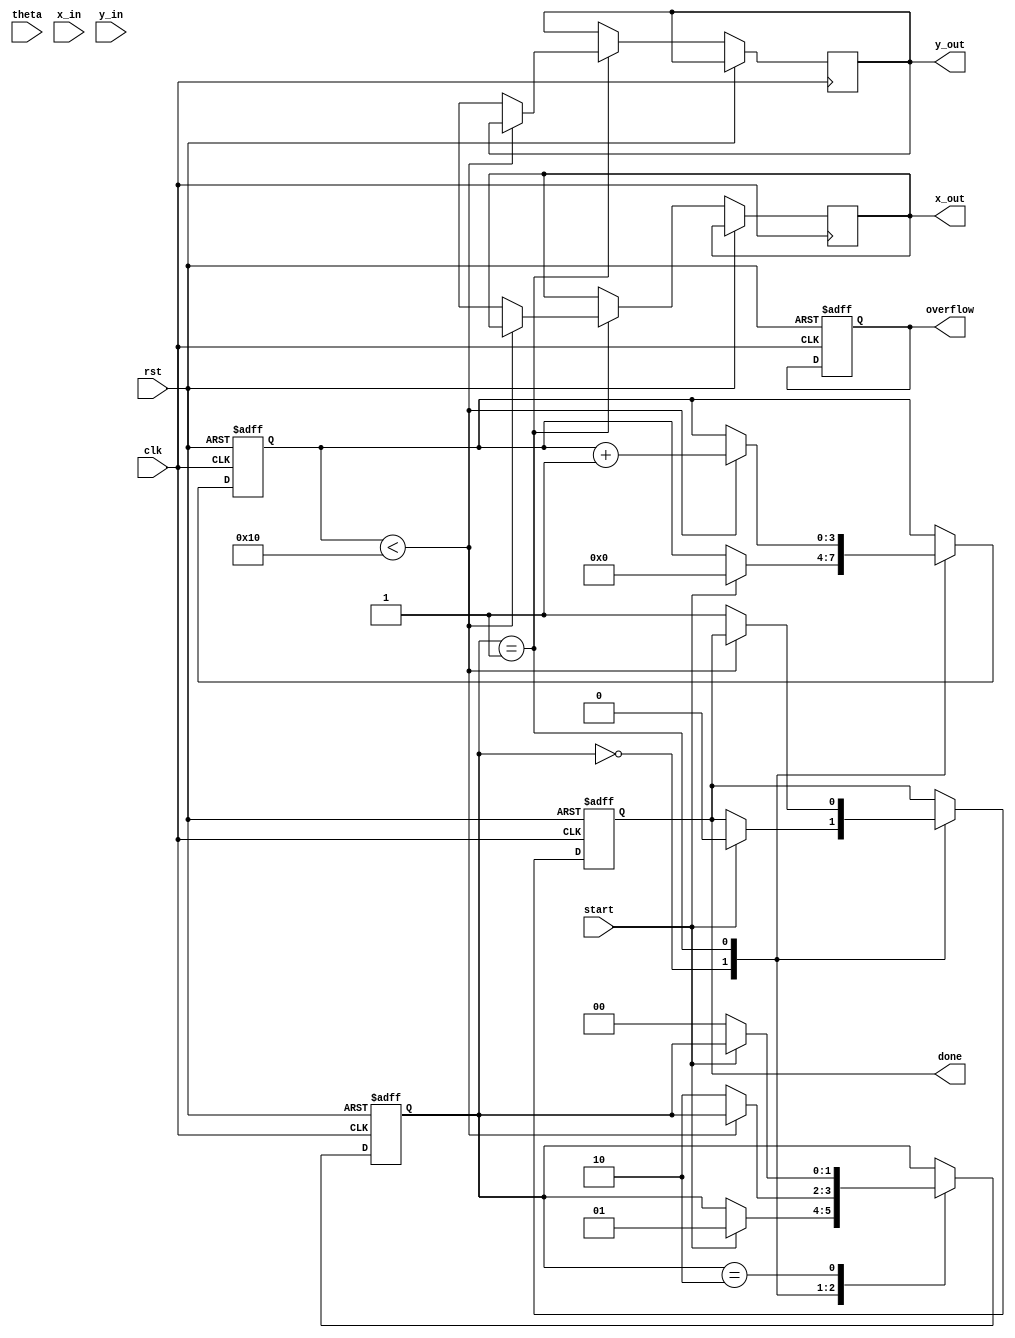
module cordic_rotational #(
    parameter WIDTH = 16,          // Bit-width for fixed-point representation
    parameter ITERATIONS = 16      // Number of CORDIC iterations
)(
    input wire clk,
    input wire rst,
    input wire start,
    input wire signed [WIDTH-1:0] theta, // Angle input in radians
    input wire signed [WIDTH-1:0] x_in,   // X coordinate input
    input wire signed [WIDTH-1:0] y_in,   // Y coordinate input
    output reg signed [WIDTH-1:0] x_out,  // Rotated X output
    output reg signed [WIDTH-1:0] y_out,  // Rotated Y output
    output reg done,                     // Completion flag
    output reg overflow                  // Overflow flag
);

    // Lookup table for arctangent values (in fixed-point)
    reg signed [WIDTH-1:0] atan_table [0:ITERATIONS-1];
    initial begin
        // Precomputed arctangent values (scaled)
        atan_table[0] = 16'h26DD; // atan(1) = 0.785398 (scaled)
        atan_table[1] = 16'h1C71; // atan(0.5) = 0.463648 (scaled)
        atan_table[2] = 16'h14D5; // atan(0.25) = 0.244978 (scaled)
        atan_table[3] = 16'h0F9D; // atan(0.125) = 0.124388 (scaled)
        // Add more values as needed...
    end

    reg signed [WIDTH-1:0] x [0:ITERATIONS-1];
    reg signed [WIDTH-1:0] y [0:ITERATIONS-1];
    reg signed [WIDTH-1:0] z [0:ITERATIONS-1];
    reg [3:0] iteration_count;
    reg [1:0] state;

    localparam IDLE = 2'b00,
               RUN = 2'b01,
               DONE = 2'b10;

    // Control FSM
    always @(posedge clk or posedge rst) begin
        if (rst) begin
            state <= IDLE;
            done <= 0;
            overflow <= 0;
            iteration_count <= 0;
        end else begin
            case (state)
                IDLE: begin
                    if (start) begin
                        x[0] <= x_in;
                        y[0] <= y_in;
                        z[0] <= theta;
                        iteration_count <= 0;
                        state <= RUN;
                        done <= 0;
                    end
                end
                RUN: begin
                    if (iteration_count < ITERATIONS) begin
                        // Perform CORDIC rotation
                        if (z[iteration_count] < 0) begin
                            x[iteration_count + 1] <= x[iteration_count] + (y[iteration_count] >>> iteration_count);
                            y[iteration_count + 1] <= y[iteration_count] - (x[iteration_count] >>> iteration_count);
                            z[iteration_count + 1] <= z[iteration_count] + atan_table[iteration_count];
                        end else begin
                            x[iteration_count + 1] <= x[iteration_count] - (y[iteration_count] >>> iteration_count);
                            y[iteration_count + 1] <= y[iteration_count] + (x[iteration_count] >>> iteration_count);
                            z[iteration_count + 1] <= z[iteration_count] - atan_table[iteration_count];
                        end
                        iteration_count <= iteration_count + 1;
                    end else begin
                        // Final output assignment
                        x_out <= x[ITERATIONS];
                        y_out <= y[ITERATIONS];
                        done <= 1;
                        state <= DONE;
                    end
                end
                DONE: begin
                    // Reset state to IDLE after reading outputs
                    if (!start) begin
                        state <= IDLE;
                    end
                end
            endcase
        end
    end

endmodule